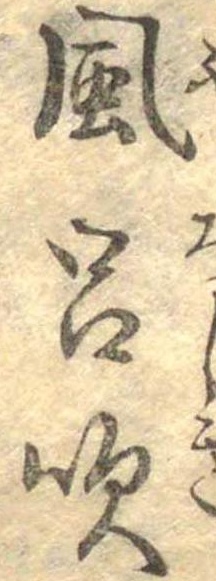
風呂吹